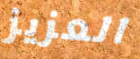
العزيز